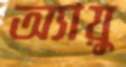
অ্যায়ু